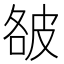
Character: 𰤥